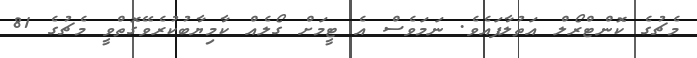
މެޗުގެ ކޮންޓްރޯލް އަތުލާފައެވެ. ނަމަވެސް އެ ޓީމަށް ގޯލެއް ކާމިޔާބުކުރެވޭގޮތްވީ މެޗުގެ 81